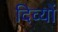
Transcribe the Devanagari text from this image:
दिव्यों